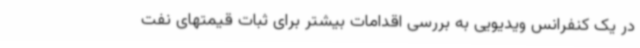
در یک کنفرانس ویدیویی به بررسی اقدامات بیشتر برای ثبات قیمتهای نفت